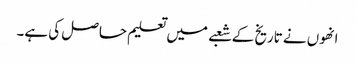
انھوں نے تاریخ کے شعبے میں تعلیم حاصل کی ہے۔